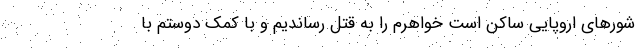
شورهای اروپایی ساکن است خواهرم را به قتل رساندیم و با کمک دوستم با